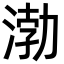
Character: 渤